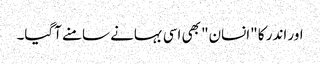
اور اندر کا "انسان" بھی اسی بہانے سامنے آگیا۔